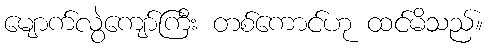
မျောက်လွဲကျော်ကြီး တစ်ကောင်ဟု ထင်မိသည်။